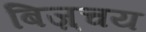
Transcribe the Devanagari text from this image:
बिज़्चय